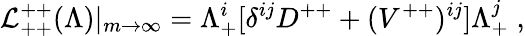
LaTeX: {\cal L}_{++}^{++}(\Lambda)|_{m\rightarrow\infty}=\Lambda_{+}^{i}[\delta^{ij}D^{++}+({V}^{++})^{ij}]\Lambda_{+}^{j}\; ,